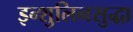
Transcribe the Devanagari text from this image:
इन्शुलिनसुद्धा